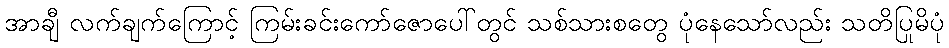
အာချီ လက်ချက်ကြောင့် ကြမ်းခင်းကော်ဇောပေါ်တွင် သစ်သားစတွေ ပုံနေသော်လည်း သတိပြုမိပုံ